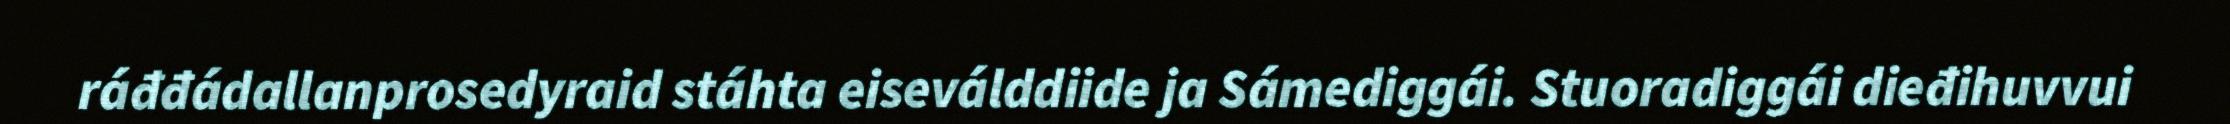
ráđđádallanprosedyraid stáhta eiseválddiide ja Sámediggái. Stuoradiggái dieđihuvvui